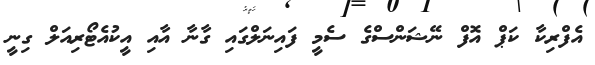
އެފްރިކާ ކަޕް އޮފް ނޭޝަންސްގެ ސެމީ ފައިނަލްގައި ގާނާ އާއި އީކުއެޓޯރިއަލް ގިނީ